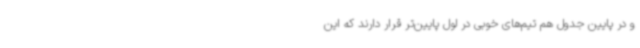
و در پایین جدول هم تیم‌های خوبی در لول پایین‌تر قرار دارند که این‌